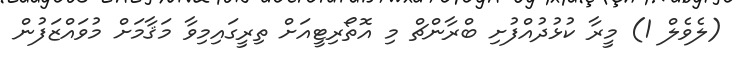
(ލެވެލް 1) މީރާ ކުޅުދުއްފުށި ބްރާންޗް މި އޮތޯރިޓީއަށް ތިރީގައިމިވާ މަޤާމަށް މުވައްޒަފުން